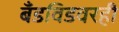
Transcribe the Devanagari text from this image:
बँडविडवरही